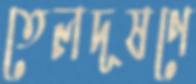
তেলদূষণে